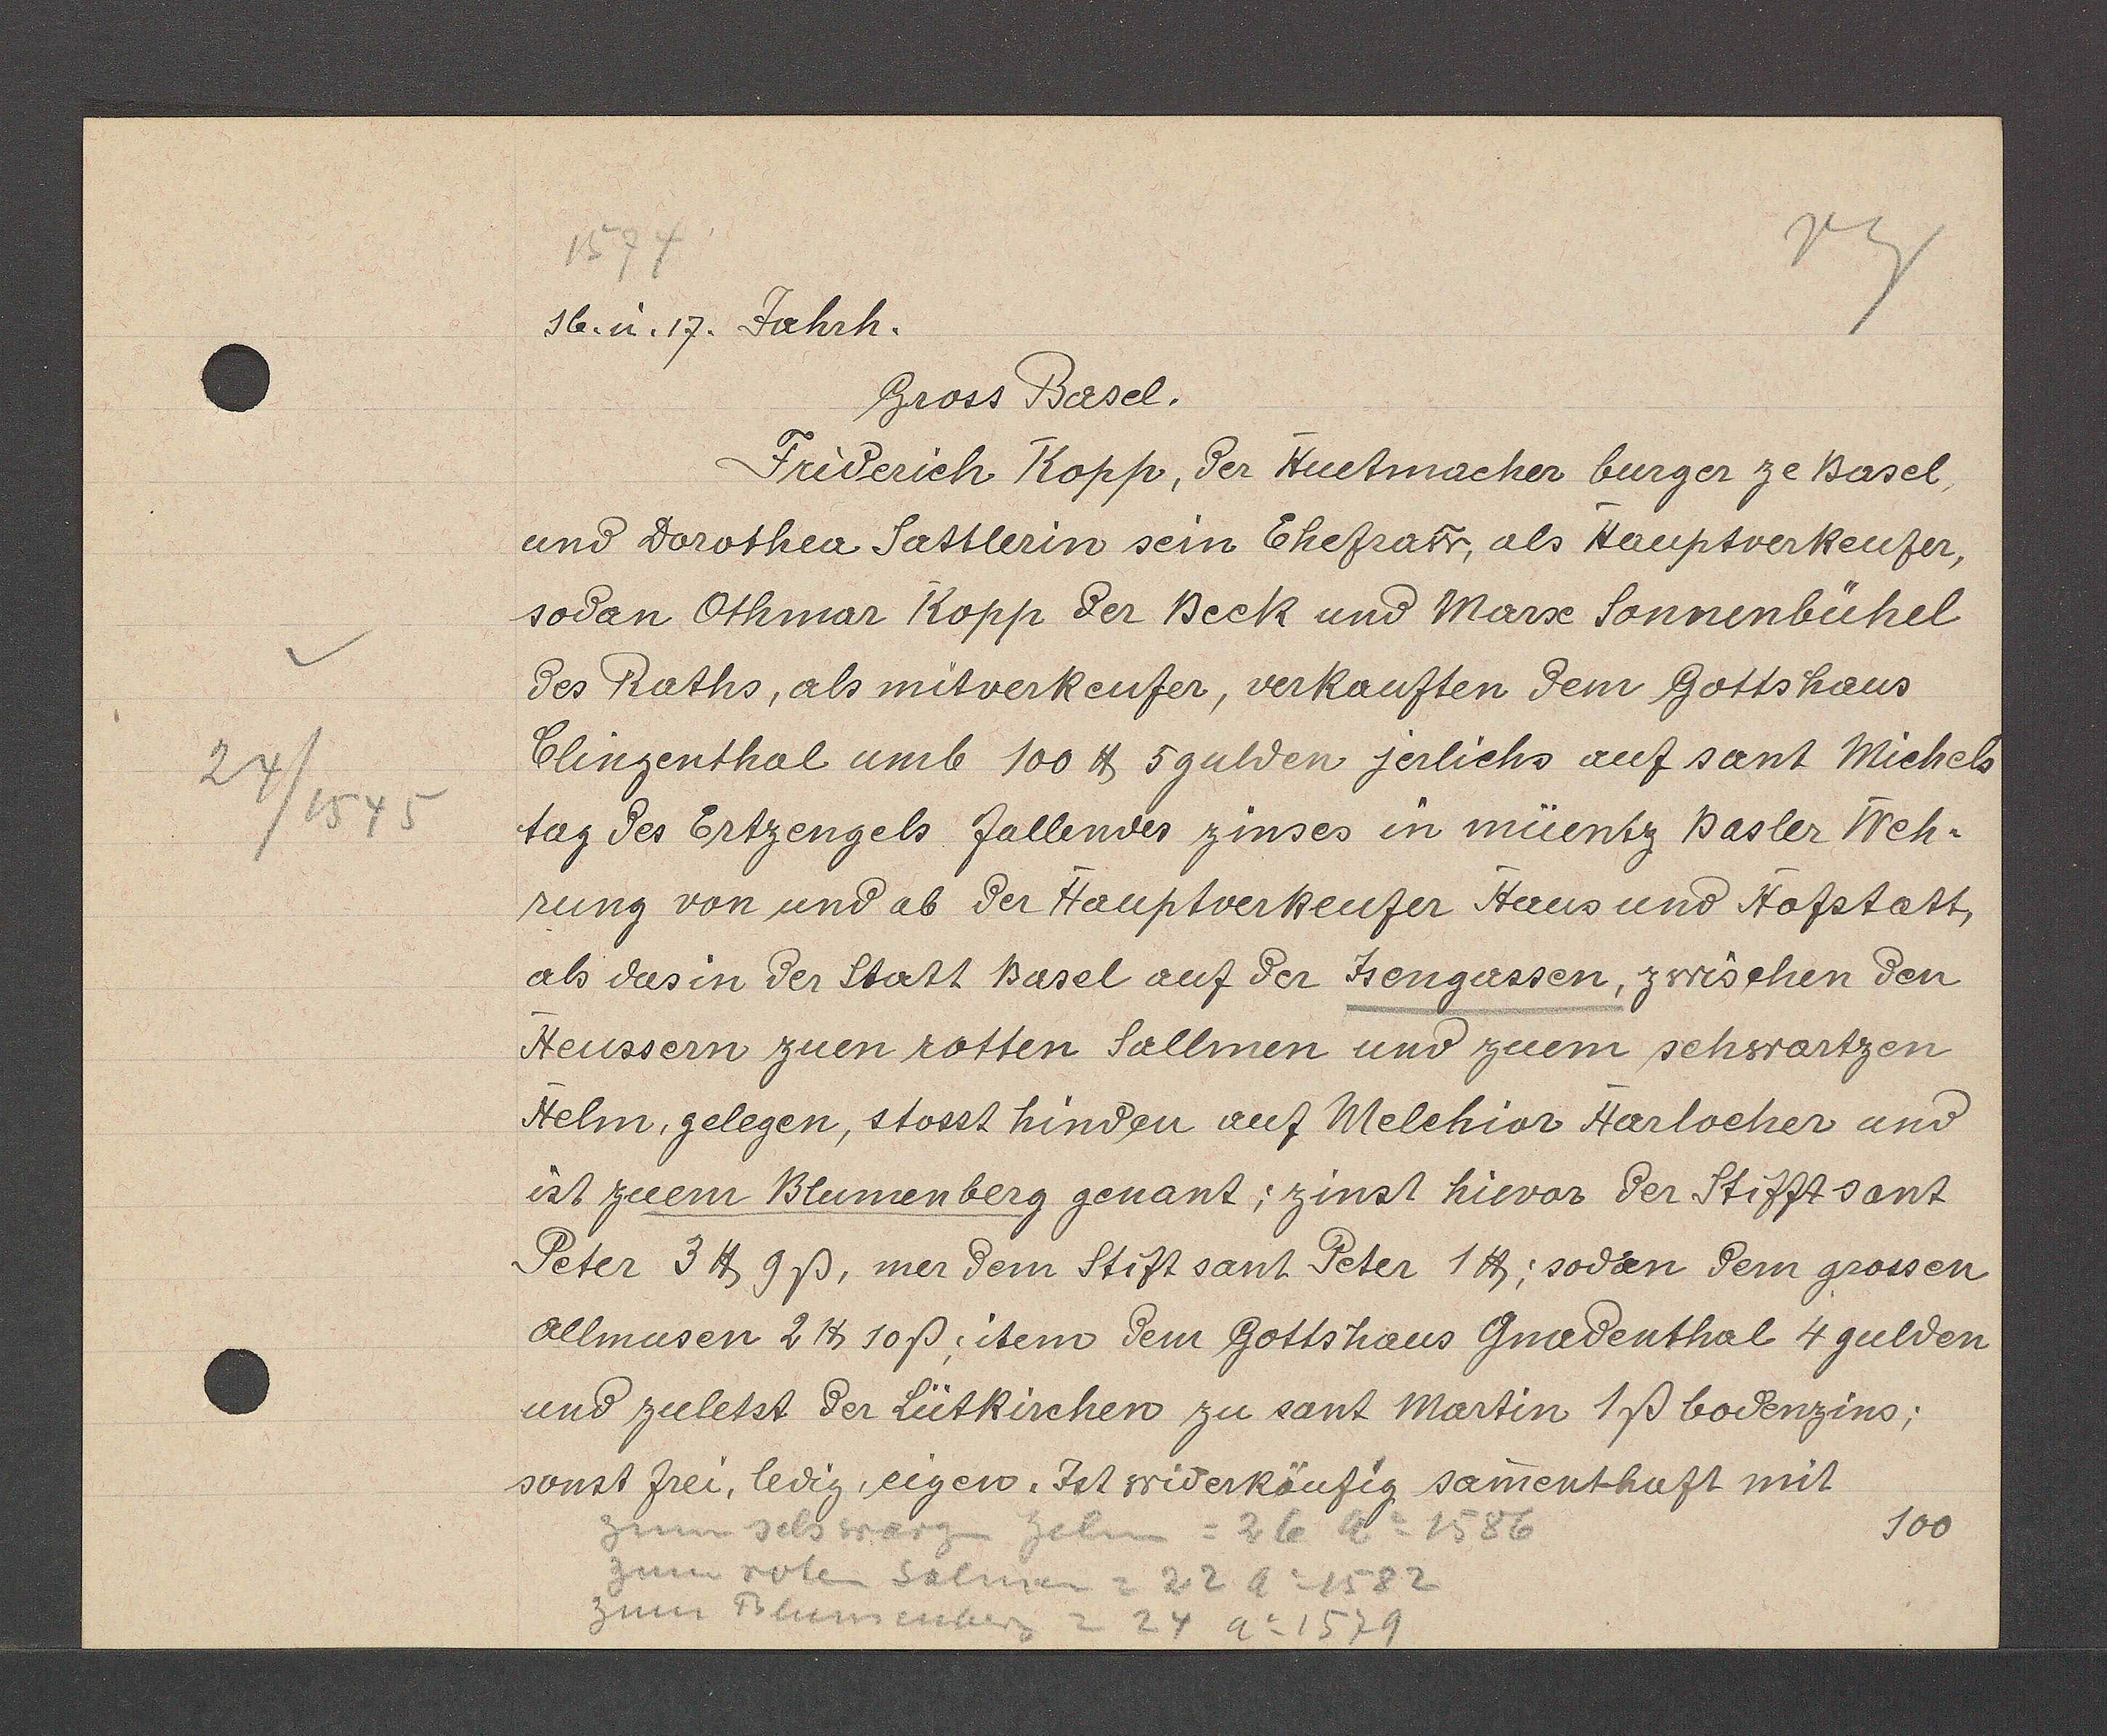
Transcript:
24/15455

1574
16.u.17. Jahrh.
Gross Basel.
Friderich Kopp, der Huetmacher burger ze Basel,
und Dorothea Sattlerin sein Ehefraw, als Hauptverkeufer,
sodan Othmar Kopp der Beck und Marse Sonnenbühel
des Raths, als mitverkeufer, verkauften dem Gottshaus
Clingenthal umb 100 ℔ 5 gulden jerlichs auf sant Michels
tag des Ertzengels fallendes zinses in müentz Basler Weh¬
rung von und ab der Htauptverkeufer Haus und Hofstatt,
als das in der Statt Basel auf der Jsengassen, zwischen den
Heussern zuen rotten Sallmen und zuem schwartzen
Helm, gelegen, stosst hinden auf Melchior Harlocher und
ist zuem Blumenberg genant; zinst hievor der Stifzt sant
Peter 3 ℔ 9ß, mer dem Stift sant Peter 1℔: sodan dem grossen
allmusen 2 ℔ 10ß; item dem Gottshaus Gnadenthal 4 gulden
und zuletst der Lütkirchen zu sant Martin 1ß bodenzins;
sonst frei, ledig eigen. Ist widerkäufig samenthaft mit
100
zum sch warzn helm= 26 Ao 1586
zum roten Salmen = 22 Ao 1582
zum Blumenberg = 24 Ao 1579